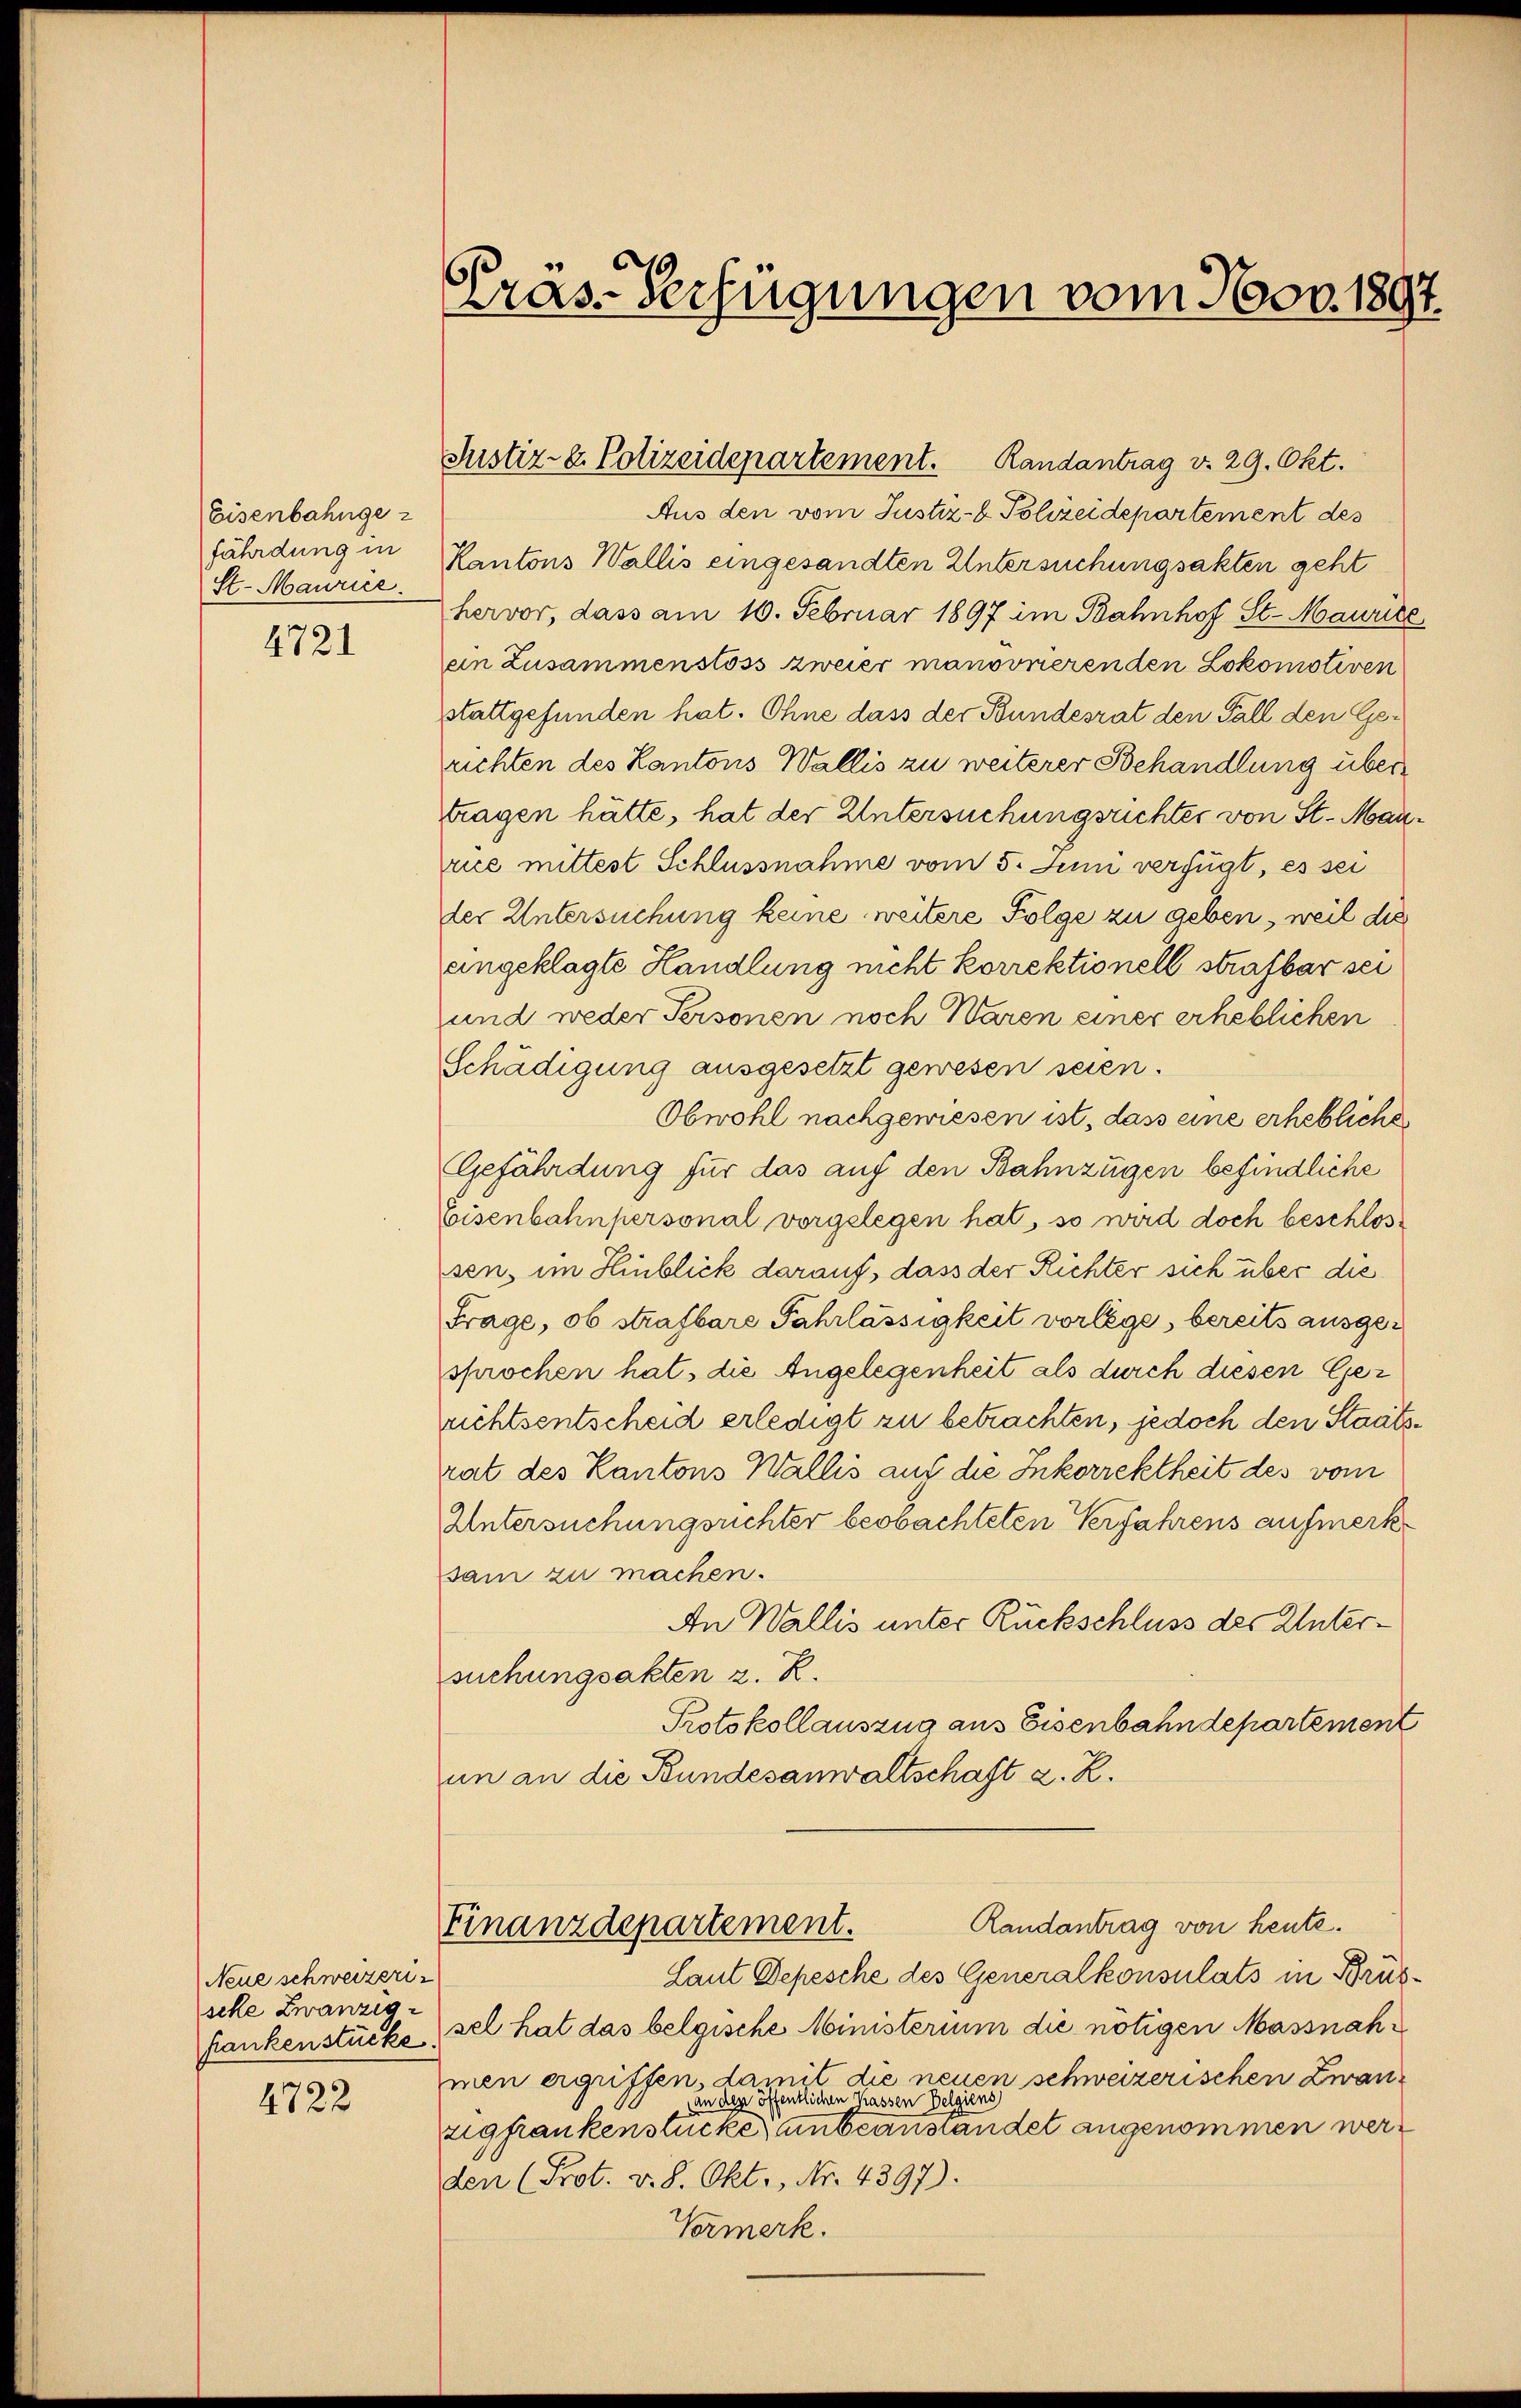
Eisenbahnge
fährdung in
St. Maurice.

4721

Neue schweizerische Zwanzig
4722

Präs. Verfügungen vom Nov. 1897.

Justiz & Polizeidepartement. Randantrag v. 29. Okt.

Aus den vom Justiz- & Polizeidepartement des
Kantons Wallis eingesandten Untersuchungsakten geht
hervor, dass am 10. Februar 1897 im Bahnhof St. Maurice
ein Zusammenstoss zweier manoonerenden Lokomotiven
stattgefunden hat. Ohne dass der Bundesrat den Fall den Gerichten des Kantons Wallis zu weiterer Behandlung übertragen hätte, hat der Untersuchungsrichter von St. Manrice mittest Schlussnahme vom 5. Juni verfügt, es sei
der Untersuchung keine weitere Folge zu geben, weil die
angeklagte Handlung nicht korrektionell strafbar sei
und weder Personen noch Waren einer erheblichen
Schädigung ausgesetzt gewesen seien.
Obwohl nachgewiesen ist, dass eine erhebliche
Gefährdung für das auf den Bahnzügen befindliche
Eisenbahnpersonal vorgelegen hat, so wird doch beschlossen, im Hinblick darauf, dass der Richter sich über die
Frage, ob strafbare Fahrlässigkeit vorlege, bereits ausgesprochen hat, die Angelegenheit als durch diesen Ger
richtsentscheid erledigt zu betrachten, jedoch den Staatsrat des Kantons Wallis aus die Inkorrektheit des vom
Untersuchungsrichter beobachteten Verfahrens aufmerksam zu machen.
An Wallis unter Rückschluss des Untersuchungsakten z. R.
Protokollauszug aus Eisenbahndepartement
in an die Bundesanwaltschaft d. R.
Randantrag von heute.
Finanzdepartement.
Laut Depesche des Generalkonsulats in Brüsfankenstücke sel hat das belgische Ministerium die nötigen Massnahmen ergriffen, damit die neuen schweizerischen Zwanan der öffentlichen Kassen Belgiens
zigfrankenstücke, unbeanstandet angenommen werden (Prot. v. 8. Okt., Nr. 4397).
Vermerk.